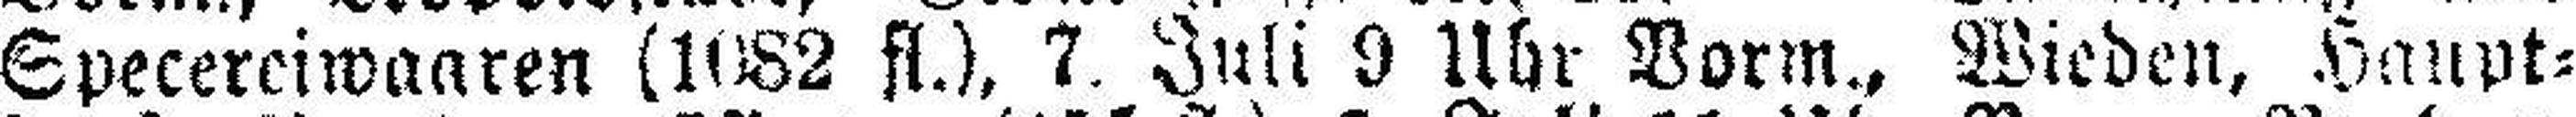
Specereiwaaren (1082 fl.), 7. Juli 9 Uhr Vorm., Wieden, Haupt¬